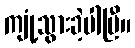
ကျုံ့သွားခဲ့ပါပြီ။